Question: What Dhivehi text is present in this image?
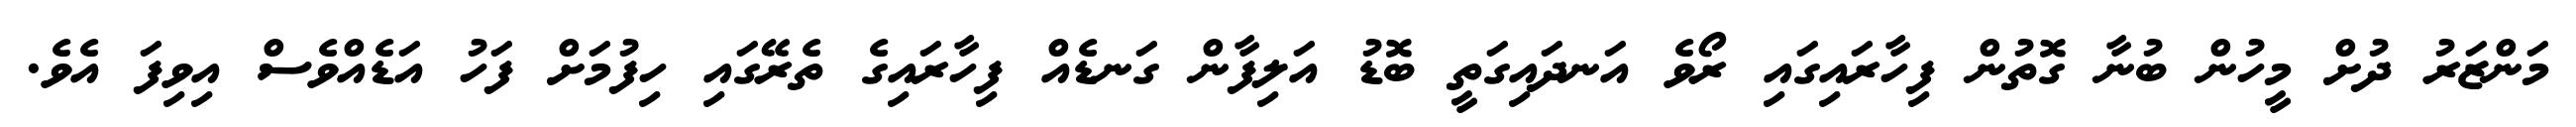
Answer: މަންޒަރު ދުށް މީހުން ބުނާ ގޮތުން ފިހާރައިގައި ރޯވެ އަނދައިގަތީ ބޮޑު އަލިފާން ގަނޑެއް ފިހާރައިގެ ތެރޭގައި ހިފުމަށް ފަހު އަޑެއްވެސް އިވިފަ އެވެ.